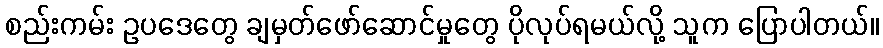
စည်းကမ်း ဥပဒေတွေ ချမှတ်ဖော်ဆောင်မှုတွေ ပိုလုပ်ရမယ်လို့ သူက ပြောပါတယ်။